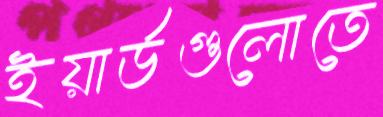
ইয়ার্ডগুলোতে